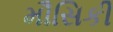
મૌસિકી